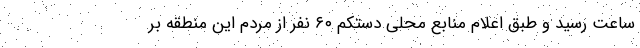
ساعت رسید و طبق اعلام منابع محلی دستکم ۶۰ نفر از مردم این منطقه بر